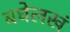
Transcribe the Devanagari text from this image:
बघेलखं